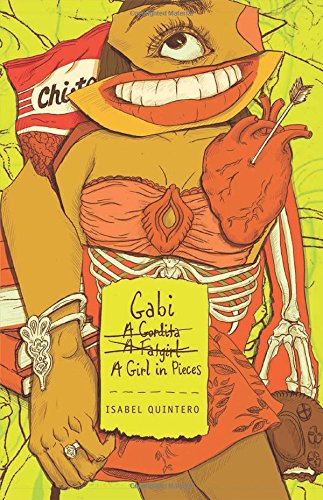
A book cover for Gabi, a Girl in Pieces; Isabel Quintero; Teen & Young Adult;